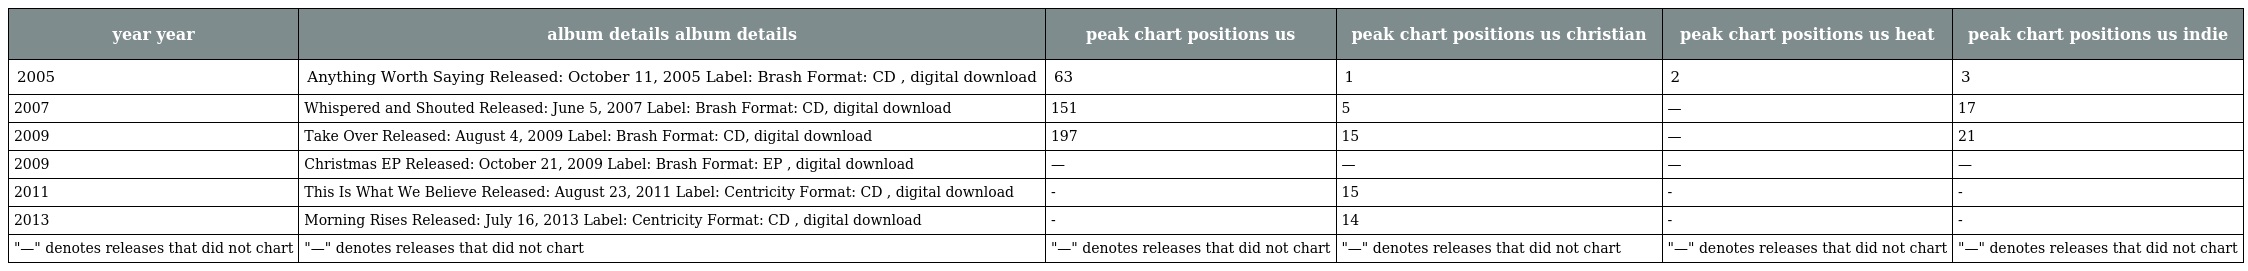
| year year | album details album details | peak chart positions us | peak chart positions us christian | peak chart positions us heat | peak chart positions us indie |
 | --- | --- | --- | --- | --- | --- |
 | 2005 | Anything Worth Saying Released: October 11, 2005 Label: Brash Format: CD , digital download | 63 | 1 | 2 | 3 |
 | 2007 | Whispered and Shouted Released: June 5, 2007 Label: Brash Format: CD, digital download | 151 | 5 | — | 17 |
 | 2009 | Take Over Released: August 4, 2009 Label: Brash Format: CD, digital download | 197 | 15 | — | 21 |
 | 2009 | Christmas EP Released: October 21, 2009 Label: Brash Format: EP , digital download | — | — | — | — |
 | 2011 | This Is What We Believe Released: August 23, 2011 Label: Centricity Format: CD , digital download | - | 15 | - | - |
 | 2013 | Morning Rises Released: July 16, 2013 Label: Centricity Format: CD , digital download | - | 14 | - | - |
 | "—" denotes releases that did not chart | "—" denotes releases that did not chart | "—" denotes releases that did not chart | "—" denotes releases that did not chart | "—" denotes releases that did not chart | "—" denotes releases that did not chart |